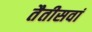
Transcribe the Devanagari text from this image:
तैतीसवां